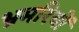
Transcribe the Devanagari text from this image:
भ्रमरियों